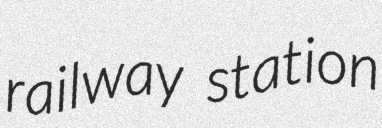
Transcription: railway station